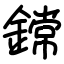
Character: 鏛